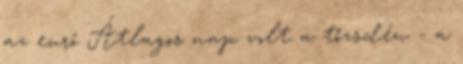
az euró Átlagos nap volt a tőzsdén - a